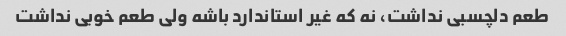
طعم دلچسبی نداشت، نه که غیر استاندارد باشه ولی طعم خوبی نداشت